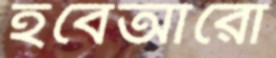
হবেআরো